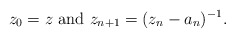
\begin{align*} z_0 = z \textrm{ and } z_{n + 1} = ( z_n - a_n )^{-1}. \end{align*}